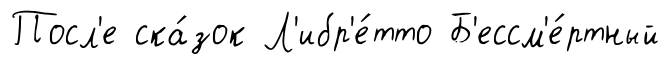
Посл'е ска́зок Л'ибр'е́тто Б'ессм'е́ртный